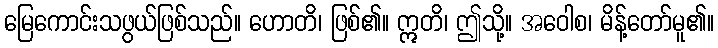
မြေကောင်းသဖွယ်ဖြစ်သည်။ ဟောတိ၊ ဖြစ်၏။ ဣတိ၊ ဤသို့။ အဝေါစ၊ မိန့်တော်မူ၏။